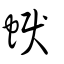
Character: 蜧